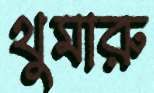
থুমারু